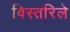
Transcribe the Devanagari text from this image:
विस्तरिले